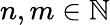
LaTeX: n,m\in\mathbb{N}